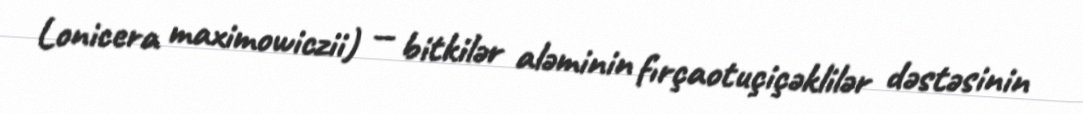
Lonicera maximowiczii) — bitkilər aləminin fırçaotuçiçəklilər dəstəsinin